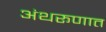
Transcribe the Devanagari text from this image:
अंथरूणात